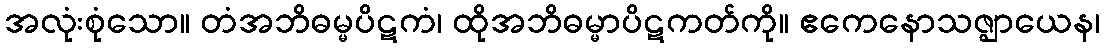
အလုံးစုံသော။ တံအဘိဓမ္မပိဋကံ၊ ထိုအဘိဓမ္မာပိဋကတ်ကို။ ဧကေနောသဇ္ဈာယေန၊